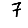
Digit: 7